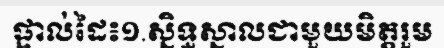
ផ្ទាល់ដៃ៖១.ស្និទ្ធស្នាលជាមួយមិត្តរួម